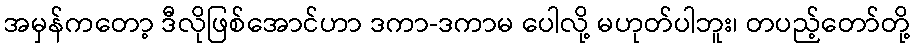
အမှန်ကတော့ ဒီလိုဖြစ်အောင်ဟာ ဒကာ-ဒကာမ ပေါလို့ မဟုတ်ပါဘူး၊ တပည့်တော်တို့